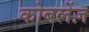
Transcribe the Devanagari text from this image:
कोबलेंज़